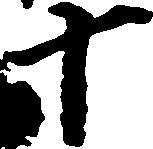
十